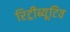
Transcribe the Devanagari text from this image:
रिट्रीब्यूटिव